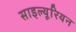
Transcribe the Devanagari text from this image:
साइल्यूरियन